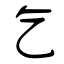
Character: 乞